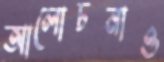
আলোচনাও